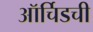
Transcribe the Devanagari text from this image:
ऑर्चिडची